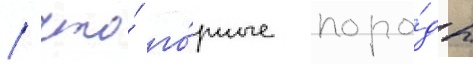
/ что́ го́рные поро́ды